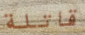
قاتلة